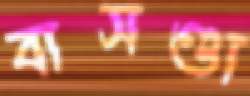
বাসণ্ডা